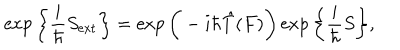
\exp \bigg \{ \frac { i } { \hbar } S _ { \mathrm { e x t } } \bigg \} = \exp \bigg ( - i \hbar \hat { T } ( F ) \bigg ) \exp \bigg \{ \frac { i } { \hbar } S \bigg \} ,